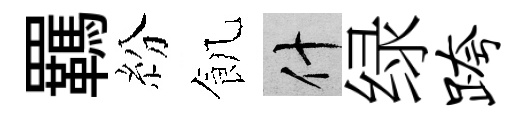
羈紛飢什绿跨